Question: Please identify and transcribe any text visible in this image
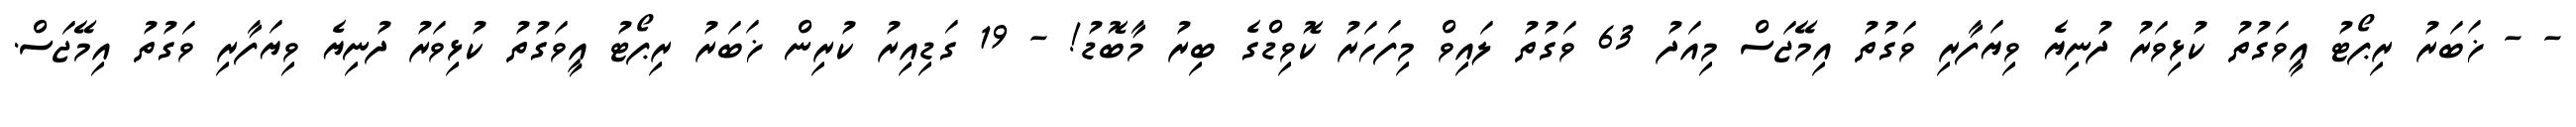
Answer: - - ޚަބަރު ރިޕޯޓު އީވަގުތު ކުޅިވަރު ދުނިޔެ ވިޔަފާރި ވަގުތު އިމޭޖަސް މިއަދު 63 ވަގުތު ލައިވް މިފަހަރު ކޮވިޑްގެ ބިރު މާބޮޑު! - 19 ގަޑިއިރު ކުރިން ޚަބަރު ރިޕޯޓު އީވަގުތު ކުޅިވަރު ދުނިޔެ ވިޔަފާރި ވަގުތު އިމޭޖަސް.